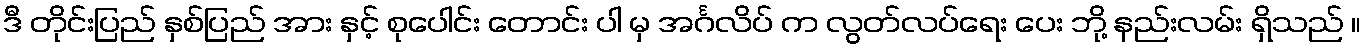
ဒီ တိုင်းပြည် နှစ်ပြည် အား နှင့် စုပေါင်း တောင်း ပါ မှ အင်္ဂလိပ် က လွတ်လပ်ရေး ပေး ဘို့ နည်းလမ်း ရှိသည် ။